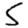
Digit: 5